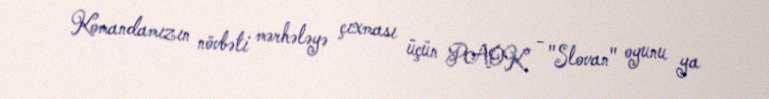
Komandamızın növbəti mərhələyə çıxması üçün PAOK - "Slovan" oyunu ya